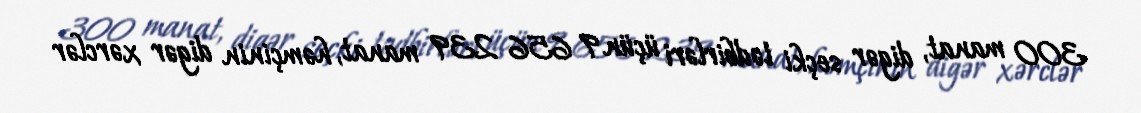
300 manat, digər seçki tədbirləri üçün 9 656 239 manat, həmçinin digər xərclər